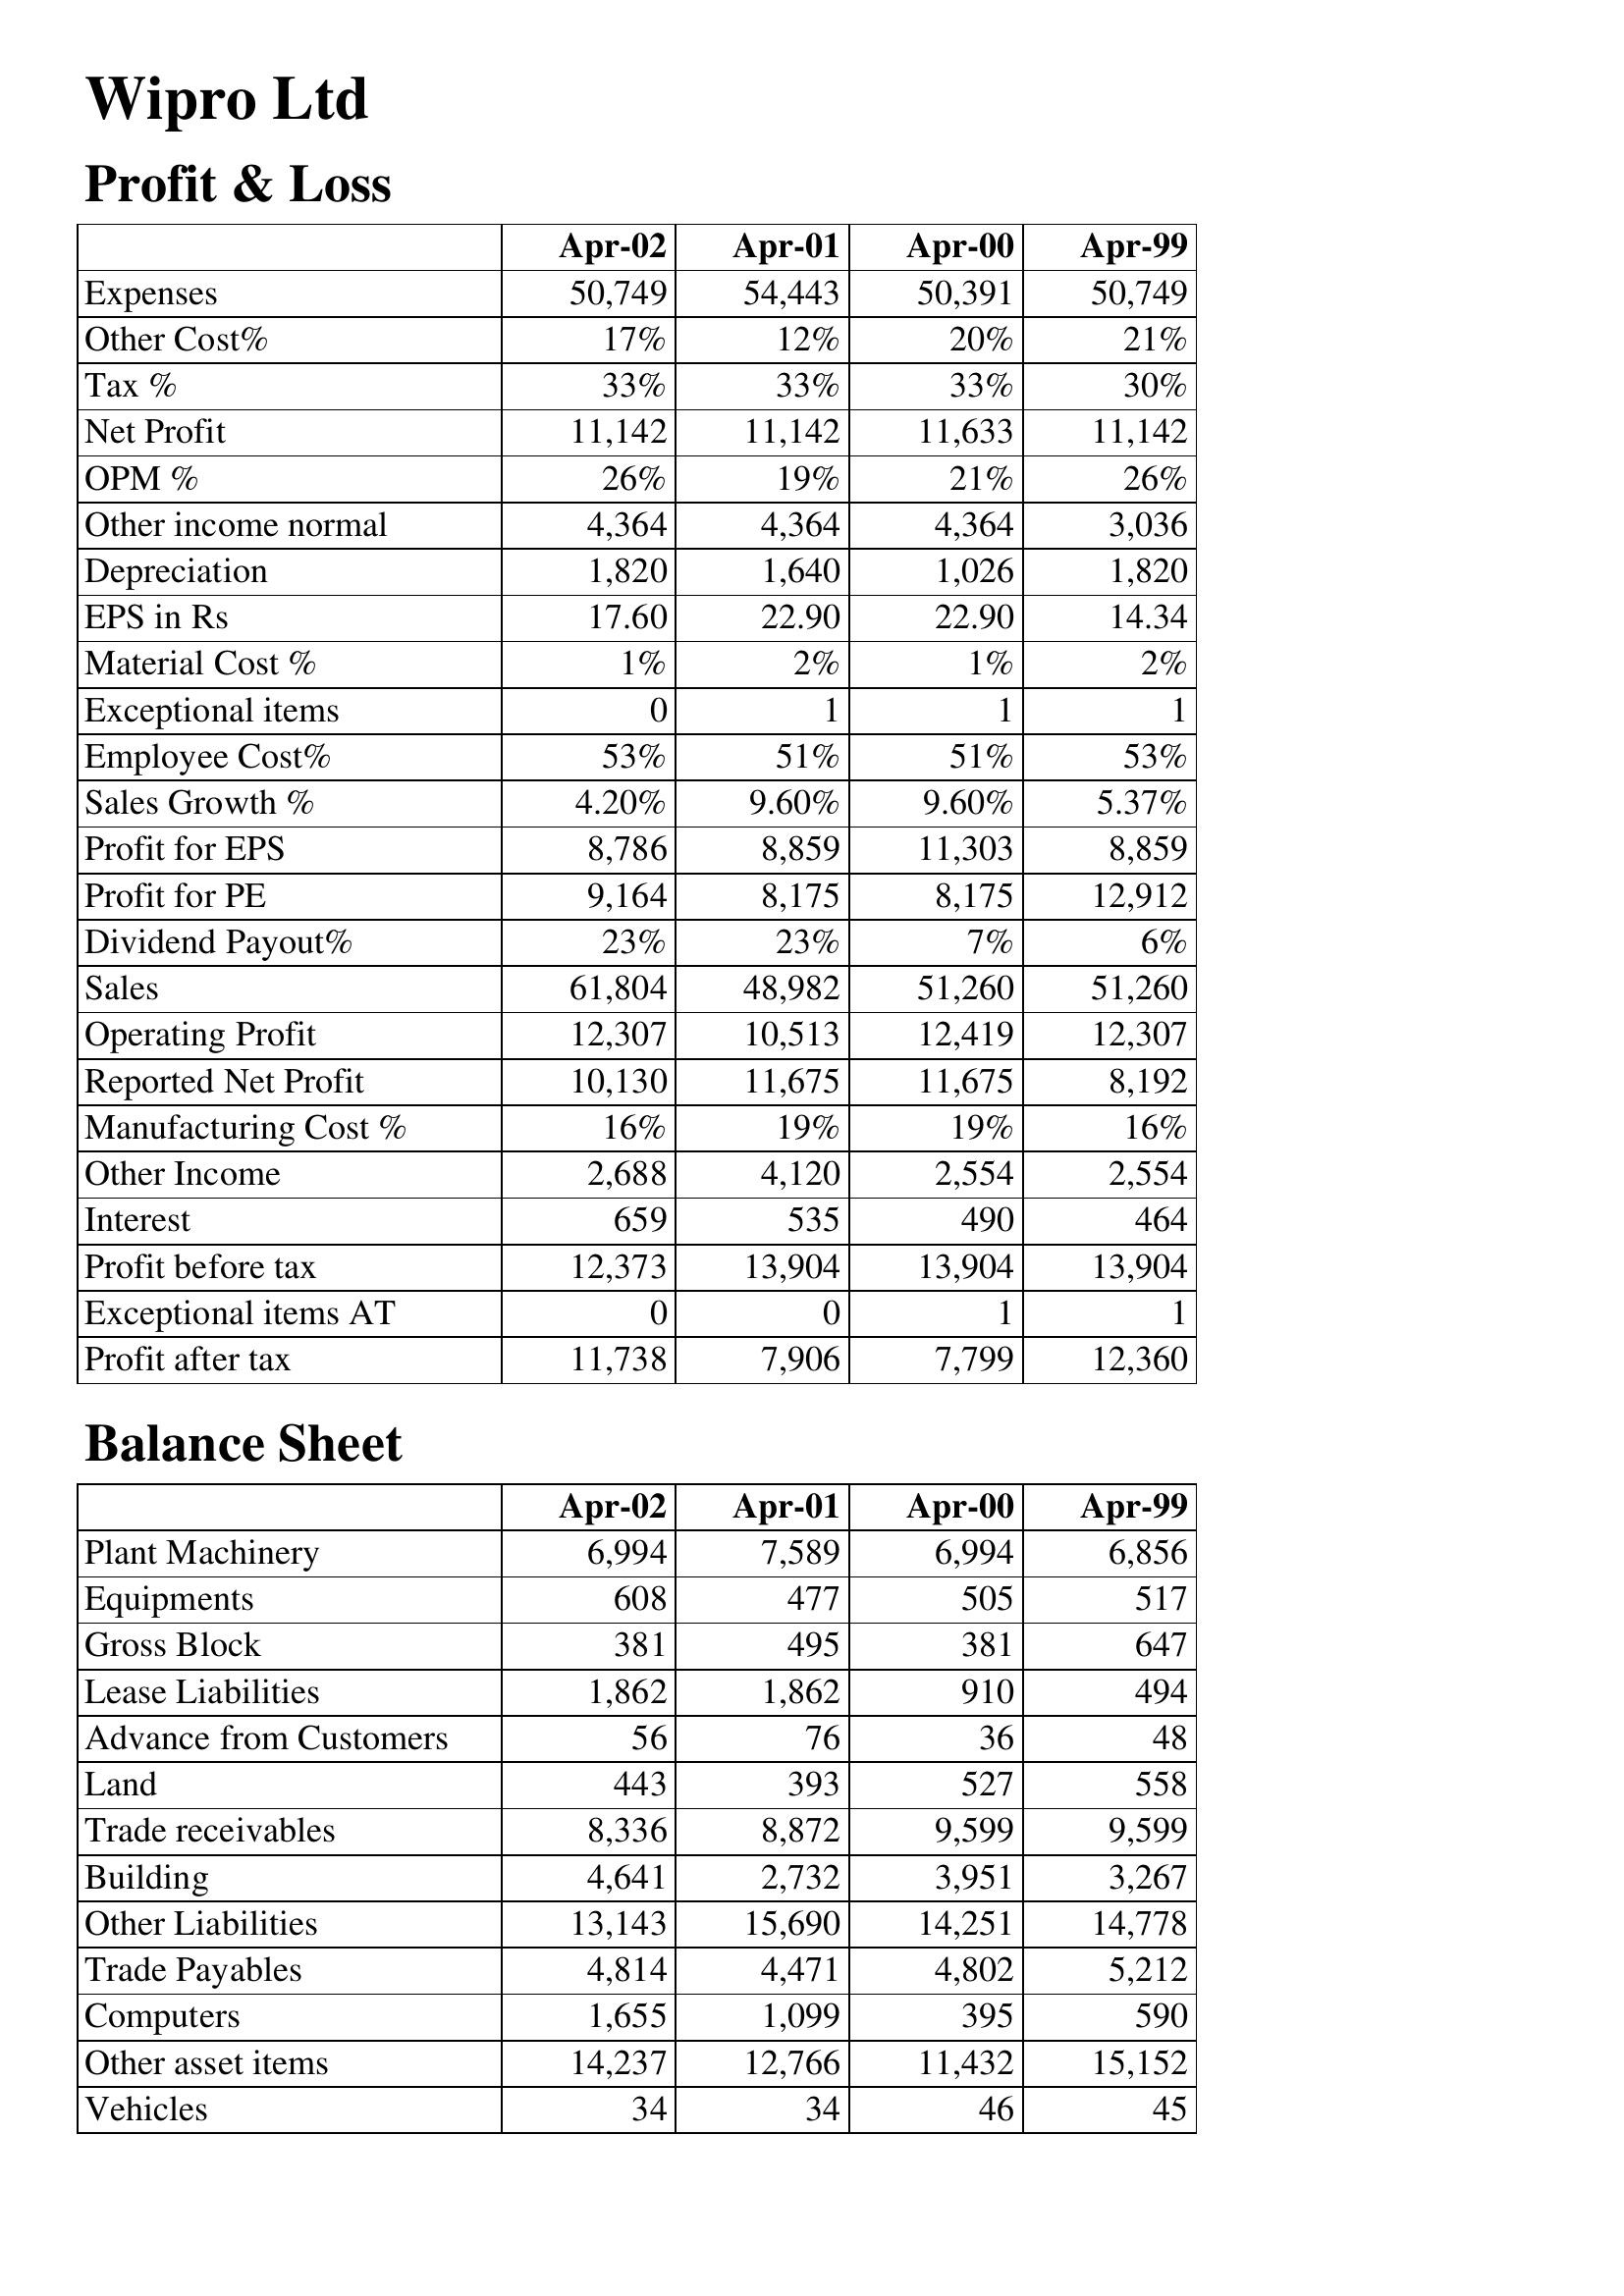
Apr-02: Profit & Loss: Expenses: 50,749
Other Cost%: 17%
Tax %: 33%
Net Profit: 11,142
OPM %: 26%
Other income normal: 4,364
Depreciation: 1,820
EPS in Rs: 17.60
Material Cost %: 1%
Exceptional items: 0
Employee Cost%: 53%
Sales Growth %: 4.20%
Profit for EPS: 8,786
Profit for PE: 9,164
Dividend Payout%: 23%
Sales: 61,804
Operating Profit: 12,307
Reported Net Profit: 10,130
Manufacturing Cost %: 16%
Other Income: 2,688
Interest: 659
Profit before tax: 12,373
Exceptional items AT: 0
Profit after tax: 11,738
Balance Sheet: Plant Machinery: 6,994
Equipments: 608
Gross Block: 381
Lease Liabilities: 1,862
Advance from Customers: 56
Land: 443
Trade receivables: 8,336
Building: 4,641
Other Liabilities: 13,143
Trade Payables: 4,814
Computers: 1,655
Other asset items: 14,237
Vehicles: 34
Apr-01: Profit & Loss: Expenses: 54,443
Other Cost%: 12%
Tax %: 33%
Net Profit: 11,142
OPM %: 19%
Other income normal: 4,364
Depreciation: 1,640
EPS in Rs: 22.90
Material Cost %: 2%
Exceptional items: 1
Employee Cost%: 51%
Sales Growth %: 9.60%
Profit for EPS: 8,859
Profit for PE: 8,175
Dividend Payout%: 23%
Sales: 48,982
Operating Profit: 10,513
Reported Net Profit: 11,675
Manufacturing Cost %: 19%
Other Income: 4,120
Interest: 535
Profit before tax: 13,904
Exceptional items AT: 0
Profit after tax: 7,906
Balance Sheet: Plant Machinery: 7,589
Equipments: 477
Gross Block: 495
Lease Liabilities: 1,862
Advance from Customers: 76
Land: 393
Trade receivables: 8,872
Building: 2,732
Other Liabilities: 15,690
Trade Payables: 4,471
Computers: 1,099
Other asset items: 12,766
Vehicles: 34
Apr-00: Profit & Loss: Expenses: 50,391
Other Cost%: 20%
Tax %: 33%
Net Profit: 11,633
OPM %: 21%
Other income normal: 4,364
Depreciation: 1,026
EPS in Rs: 22.90
Material Cost %: 1%
Exceptional items: 1
Employee Cost%: 51%
Sales Growth %: 9.60%
Profit for EPS: 11,303
Profit for PE: 8,175
Dividend Payout%: 7%
Sales: 51,260
Operating Profit: 12,419
Reported Net Profit: 11,675
Manufacturing Cost %: 19%
Other Income: 2,554
Interest: 490
Profit before tax: 13,904
Exceptional items AT: 1
Profit after tax: 7,799
Balance Sheet: Plant Machinery: 6,994
Equipments: 505
Gross Block: 381
Lease Liabilities: 910
Advance from Customers: 36
Land: 527
Trade receivables: 9,599
Building: 3,951
Other Liabilities: 14,251
Trade Payables: 4,802
Computers: 395
Other asset items: 11,432
Vehicles: 46
Apr-99: Profit & Loss: Expenses: 50,749
Other Cost%: 21%
Tax %: 30%
Net Profit: 11,142
OPM %: 26%
Other income normal: 3,036
Depreciation: 1,820
EPS in Rs: 14.34
Material Cost %: 2%
Exceptional items: 1
Employee Cost%: 53%
Sales Growth %: 5.37%
Profit for EPS: 8,859
Profit for PE: 12,912
Dividend Payout%: 6%
Sales: 51,260
Operating Profit: 12,307
Reported Net Profit: 8,192
Manufacturing Cost %: 16%
Other Income: 2,554
Interest: 464
Profit before tax: 13,904
Exceptional items AT: 1
Profit after tax: 12,360
Balance Sheet: Plant Machinery: 6,856
Equipments: 517
Gross Block: 647
Lease Liabilities: 494
Advance from Customers: 48
Land: 558
Trade receivables: 9,599
Building: 3,267
Other Liabilities: 14,778
Trade Payables: 5,212
Computers: 590
Other asset items: 15,152
Vehicles: 45